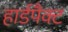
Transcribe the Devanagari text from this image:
हार्डपैक्ट